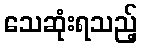
သေဆုံးရသည့်